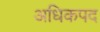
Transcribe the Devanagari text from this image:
अधिकपद